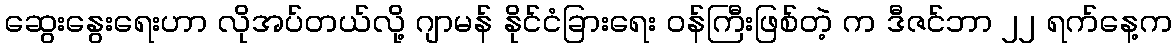
ဆွေးနွေးရေးဟာ လိုအပ်တယ်လို့ ဂျာမန် နိုင်ငံခြားရေး ဝန်ကြီးဖြစ်တဲ့ က ဒီဇင်ဘာ ၂၂ ရက်နေ့က